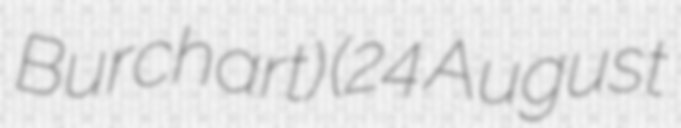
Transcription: Burchart) (24 August